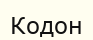
Кодон